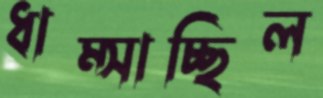
ধাম্‌সাচ্ছিল